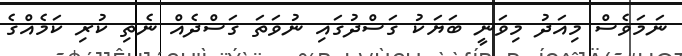
ނަމަވެސް މިއަދު މިވަނީ ބަޔަކު ގަސްދުގައި ނުވަތަ ގަސްދެއް ނެތި ކުރި ކަމެއްގެ